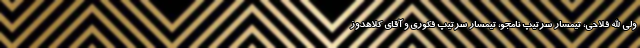
ولی الله فلاحی، تیمسار سرتیپ نامجو، تیمسار سرتیپ فکوری و آقای کلاهدوز